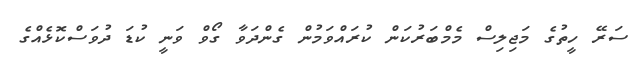
ސަރޭ ހީތުގެ މަޖިލިސް މެމްބަރުކަން ކުރައްވަމުން ގެންދަވާ ގޯވް ވަނީ ކުޑަ ދުވަސްކޮޅެއްގެ